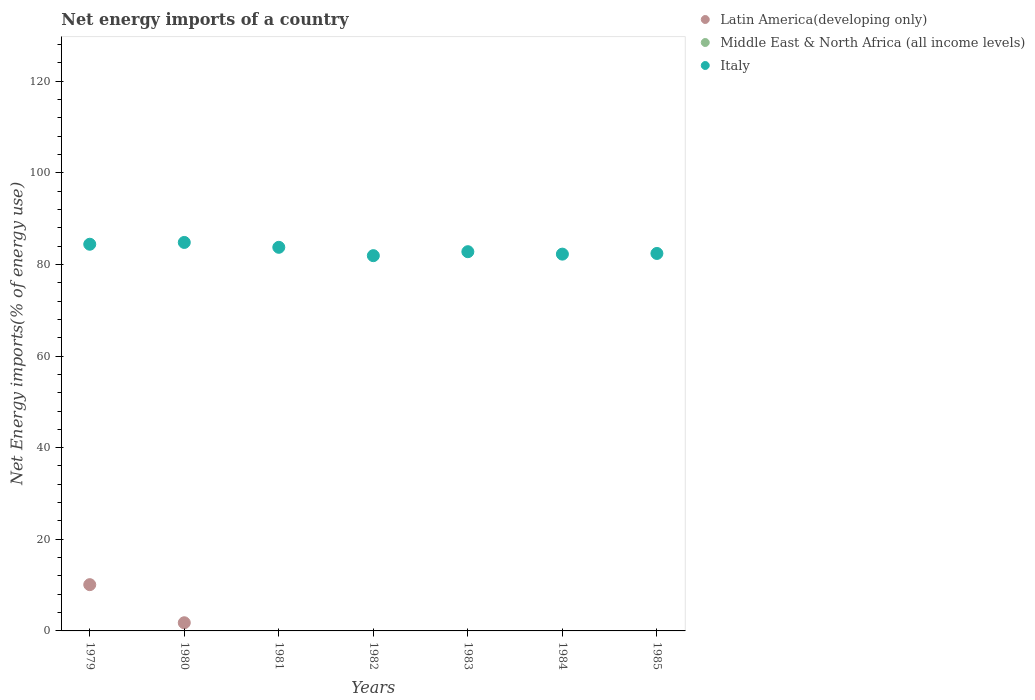
| Years | Latin America(developing only) | Middle East & North Africa (all income levels) | Italy |
 | --- | --- | --- | --- |
 | 1979 | 10.1 | -814 | 84.4 |
 | 1980 | 1.78 | -634 | 84.8 |
 | 1981 | -7.24 | -459 | 83.7 |
 | 1982 | -14.9 | -323 | 81.9 |
 | 1983 | -19.1 | -287 | 82.8 |
 | 1984 | -20.7 | -269 | 82.2 |
 | 1985 | -19.2 | -229 | 82.4 |